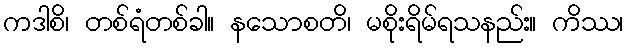
ကဒါစိ၊ တစ်ရံတစ်ခါ။ နသောစတိ၊ မစိုးရိမ်ရသနည်း။ ကိဿ၊